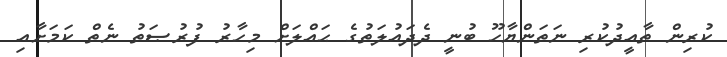
ކުރިން ތާއީދުކުރި ނަތަންޔާހޫ ބުނީ ދެދައުލަތުގެ ޙައްލަށް މިހާރު ފުރުޞަތު ނެތް ކަމަށާއި